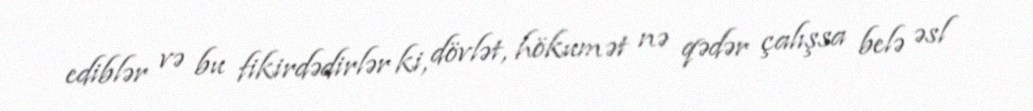
ediblər və bu fikirdədirlər ki, dövlət, hökumət nə qədər çalışsa belə əsl